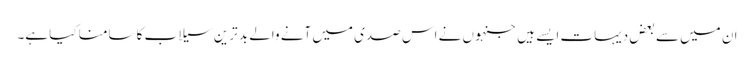
ان میں سے بعض دیہات ایسے ہیں جنہوں نے اس صدی میں آنے والے بد ترین سیلاب کا سامنا کیا ہے۔